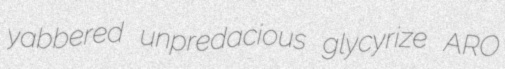
yabbered unpredacious glycyrize ARO